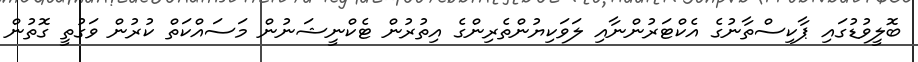
ބޮލީވުޑުގައި ޕާކިސްތާނުގެ އެކްޓަރުންނާއި ލަވަކިޔުންތެރިންގެ އިތުރުން ޓެކްނީޝަނުން މަސައްކަތް ކުރުން ވަގުތީ ގޮތުން